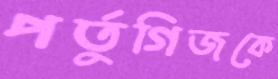
পর্তুগিজকে